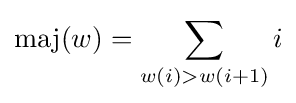
\operatorname {maj} (w)=\sum _{w(i)>w(i+1)}i